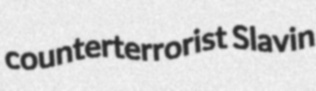
counterterrorist Slavin